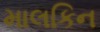
માલકિન